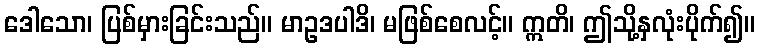
ဒေါသော၊ ပြစ်မှားခြင်းသည်။ မာဥဒပါဒိ၊ မဖြစ်စေလင့်။ ဣတိ၊ ဤသို့နှလုံးပိုက်၍။